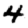
Digit: 4